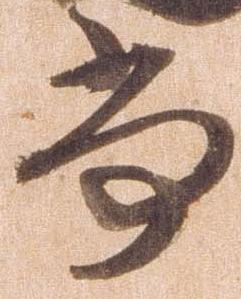
尚